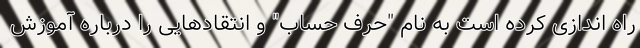
راه اندازی کرده است به نام "حرف حساب" و انتقادهایی را درباره آموزش